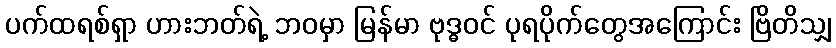
ပက်ထရစ်ရှာ ဟားဘတ်ရဲ့ ဘဝမှာ မြန်မာ ဗုဒ္ဓဝင် ပုရပိုက်တွေအကြောင်း ဗြိတိသျှ